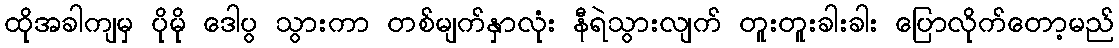
ထိုအခါကျမှ ပိုမို ဒေါပွ သွားကာ တစ်မျက်နှာလုံး နီရဲသွားလျက် တူးတူးခါးခါး ပြောလိုက်တော့မည်